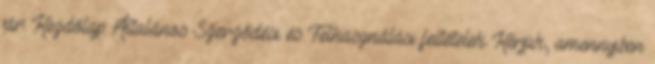
jár: Kezdőlap Általános Szerződési és Felhasználási feltételek Kérjük, amennyiben